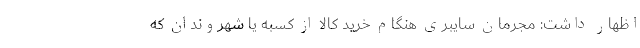
اظهار داشت: مجرمان سایبری هنگام خرید کالا از کسبه یا شهروندان که